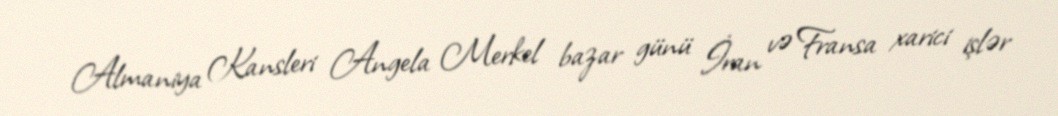
Almaniya Kansleri Angela Merkel bazar günü İran və Fransa xarici işlər